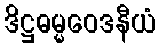
ဒိဋ္ဌဓမ္မဝေဒနီယံ